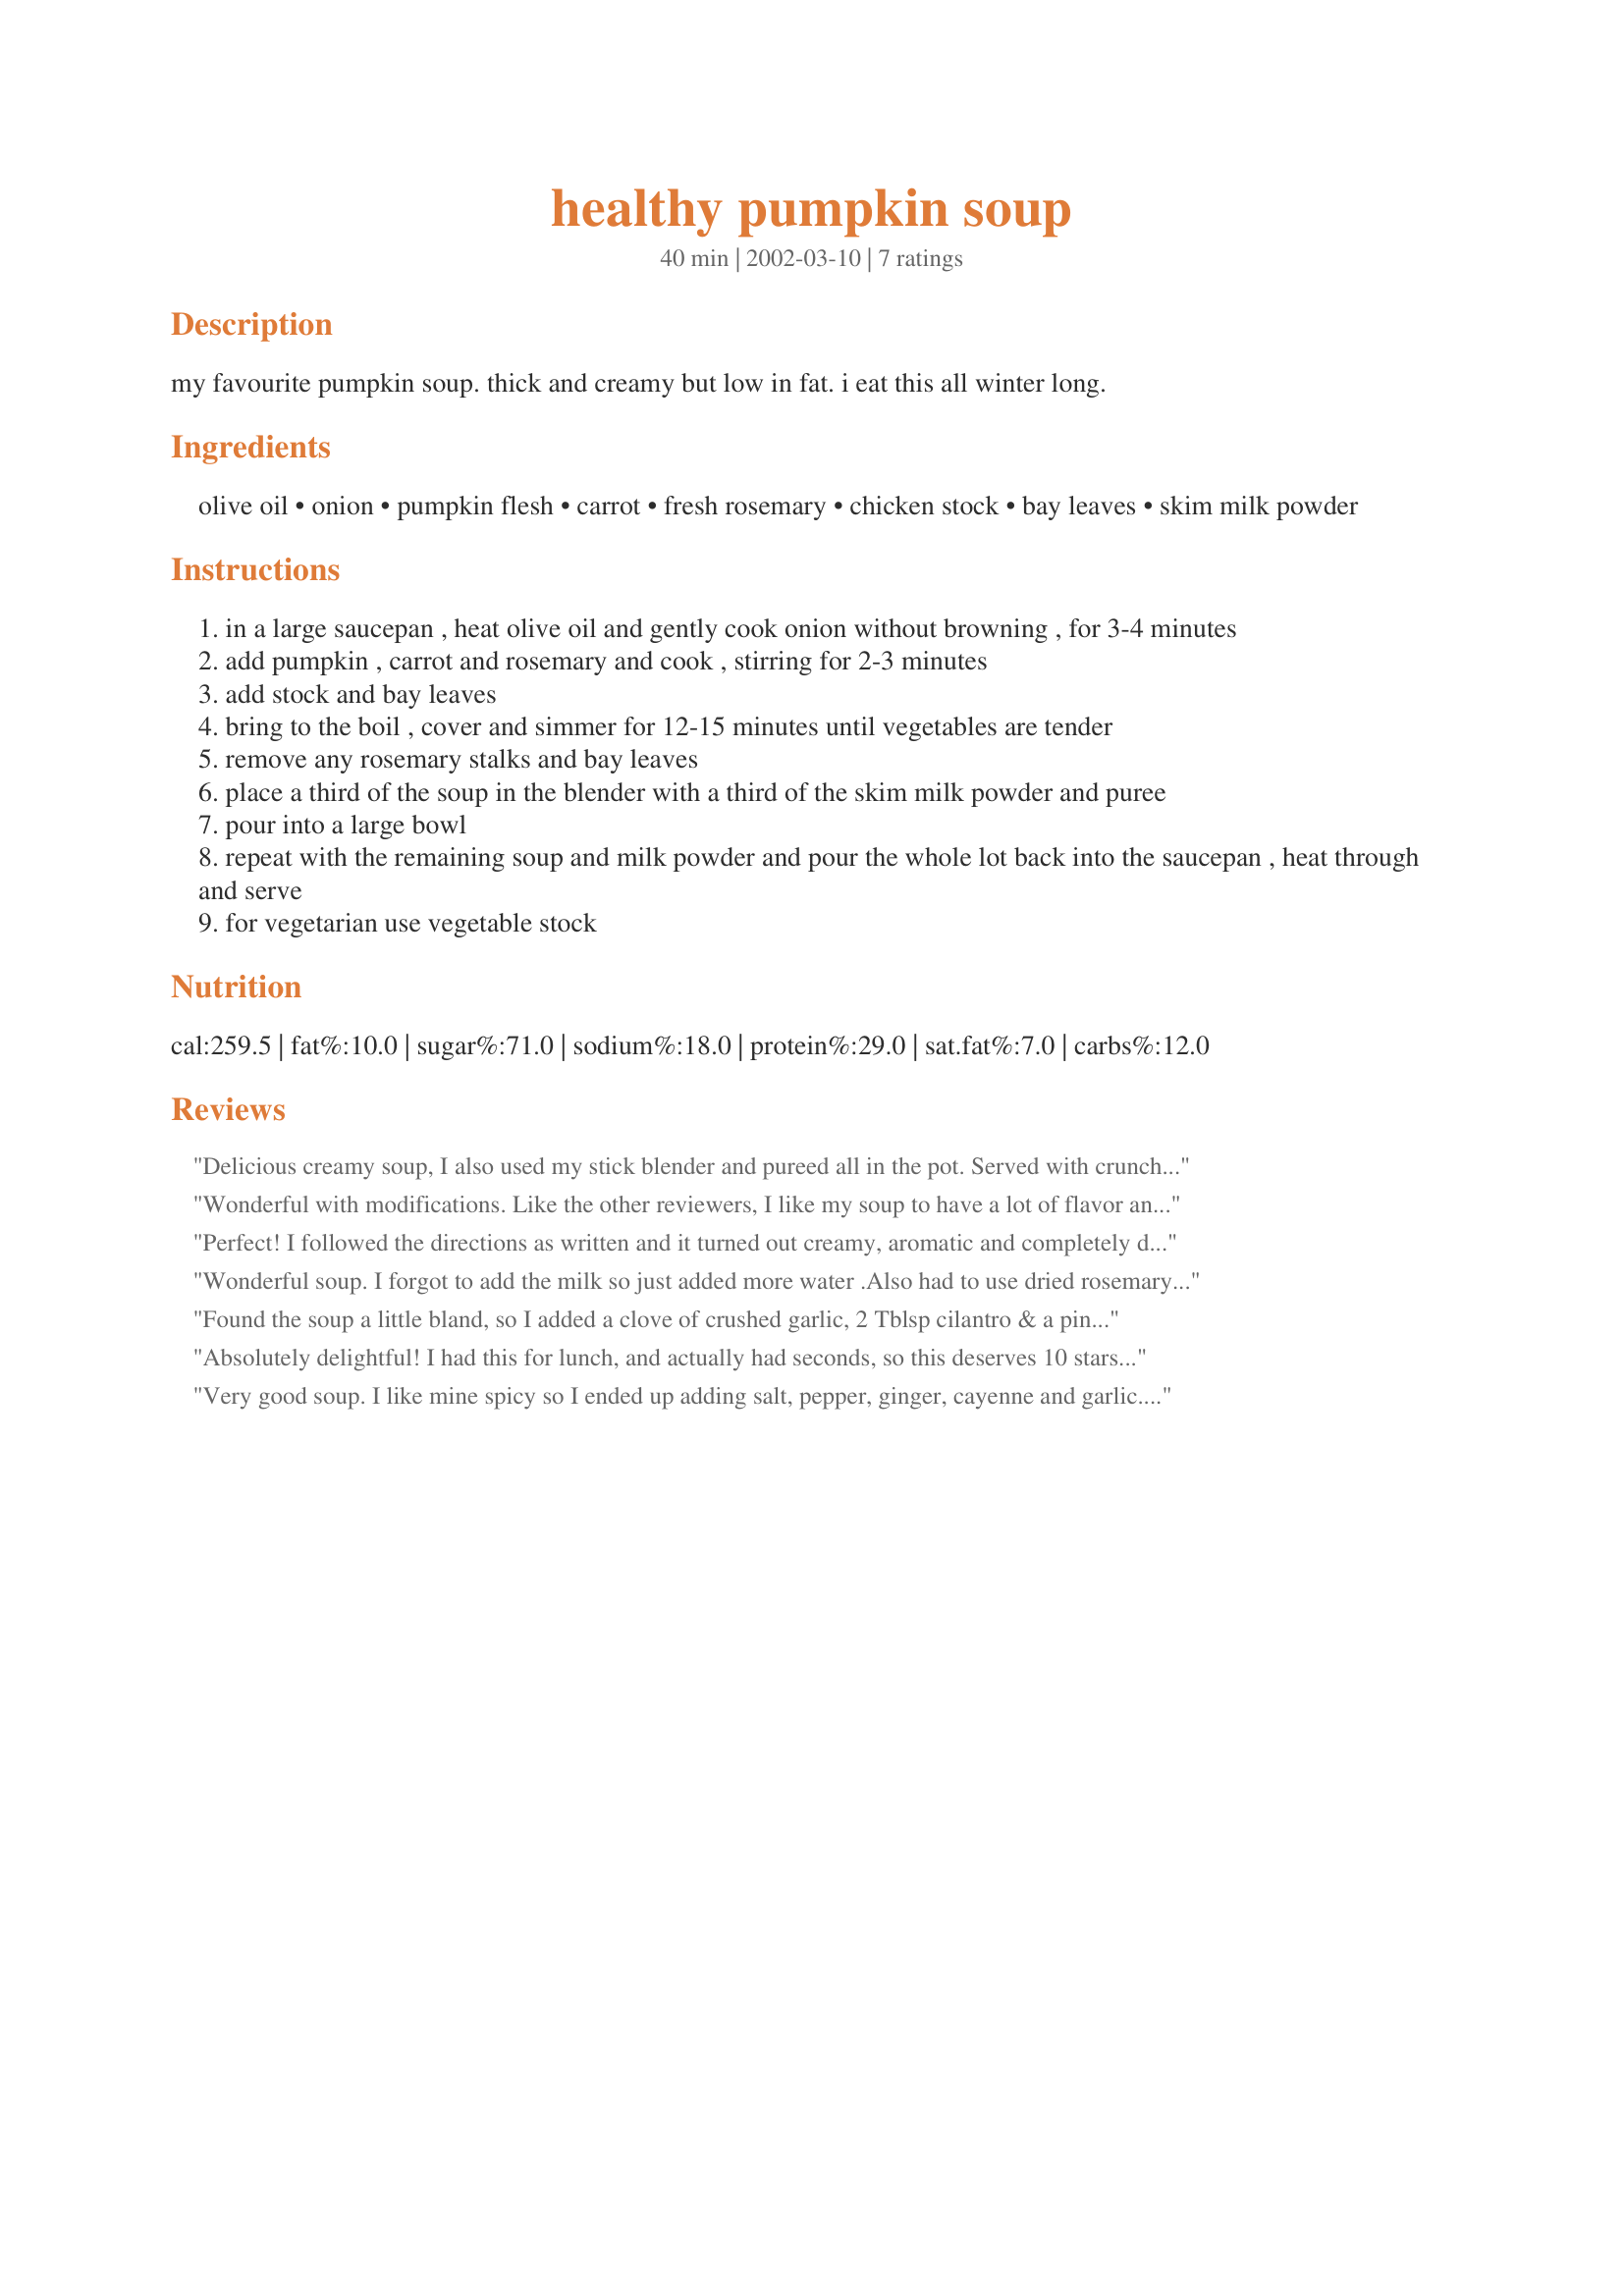
healthy pumpkin soup
Preparation time: 40 minutes

my favourite pumpkin soup. thick and creamy but low in fat. i eat this all winter long.

Ingredients:
olive oil, onion, pumpkin flesh, carrot, fresh rosemary, chicken stock, bay leaves, skim milk powder

Steps:
in a large saucepan , heat olive oil and gently cook onion without browning , for 3-4 minutes
add pumpkin , carrot and rosemary and cook , stirring for 2-3 minutes
add stock and bay leaves
bring to the boil , cover and simmer for 12-15 minutes until vegetables are tender
remove any rosemary stalks and bay leaves
place a third of the soup in the blender with a third of the skim milk powder and puree
pour into a large bowl
repeat with the remaining soup and milk powder and pour the whole lot back into the saucepan , heat through and serve
for vegetarian use vegetable stock

Reviews:
Delicious creamy soup, I also used my stick blender and pureed all in the pot. Served with crunchy rolls for a yummy winters meal.
Wonderful with modifications. Like the other reviewers, I like my soup to have a lot of flavor and I found it a bit bland so I added ginger, thyme, and cayenne pepper. I used butternut squash and didn&#039;t want the mess of putting it into a blender so I mashed it with my potato masher. Instead of the skim milk powder I used Silk unsweetened almond coconut milk. It was outstanding and full of flavor. I shared it with company and they thought I was a gourmet master. This is definitely a soup I would make again! Delicious and healthy.
Perfect! I followed the directions as written and it turned out creamy, aromatic and completely delicious. I used Mirj's suggestion and pureed everything with a stick blender, which worked brilliantly. Easy, quick, and healthy -- I'm hooked. Thanks so much for a great recipe!
Wonderful soup. I forgot to add the milk so just added more water .Also had to use dried rosemary and did not know how much to add. So to my final bowl after a taste test, i added some dried parsley( idea from other recipes), some garlic powder , cayenne powder(thanks Saturn for recommending these additions), salt and black pepper. And because i had forgotten to add milk to soup, i topped bowl off with a nice dollop of sour creme, garnished by some finely chopped scallion greens. MMMMMMMMM delish!! Served with homemade whole wheat rolls. Yummm Yummm! Thanks for sharing this recipe. PS Also i used canned pumpkin and it turned out great!
Found the soup a little bland, so I added a clove of crushed garlic, 2 Tblsp cilantro & a pinch of cayenne pepper.
Absolutely delightful! I had this for lunch, and actually had seconds, so this deserves 10 stars, not 5! I cut the carrot and the pumpkin into little dice, and the aroma of the veggies sauteeing with the onion and the sage is out of this world. Please make an effort to use the fresh rosemary, it's perfect for this soup. I also used 1 sprig of fresh thyme. I used vegetable stock and soy milk powder instead of the skim. Instead of pureeing it all in the blender I used an immersion blender and pureed it all to a light orange creaminess right in the pot.
Very good soup. I like mine spicy so I ended up adding salt, pepper, ginger, cayenne and garlic. Then swirled some salsa through it for serving. It was lovely. I had about 2 cups of pumpkin puree in the freezer that I used. I found that it wasn't to the thickness that I felt it should be with that little of pumpkin so I ended up adding in about 3 cups of leftover mashed potatoes. I also didn't use the rosemary or bay leaves as I didn't have any. I will try this again when I have all the right ingredients.
